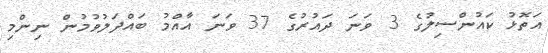
އަތޮޅު ކައުންސިލުގެ 3 ވަނަ ދައުރުގެ 37 ވަނަ އާއްމު ބައްދަލުވުމުން ނިންމި